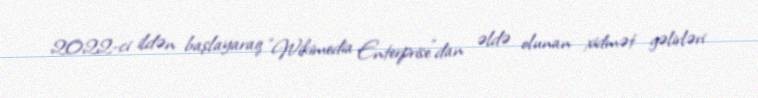
2022-ci ildən başlayaraq "Wikimedia Enterprise"dan əldə olunan xidmət gəlirləri